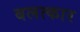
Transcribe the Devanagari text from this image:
बलत्कार